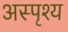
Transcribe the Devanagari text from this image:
अस्‍पृश्य